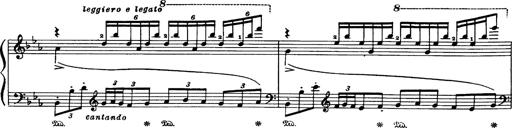
Title: Danza sacra e duetto finale dâ€™Aida
Composer: Franz Liszt